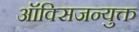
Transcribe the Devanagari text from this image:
ऑक्सिजन्युक्त